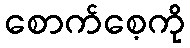
စောက်စေ့ကို